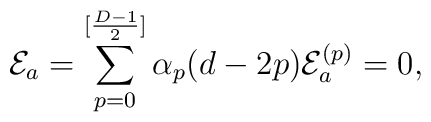
{\cal E}_{a}=\sum_{p=0}^{[\frac{D-1}{2}]}\alpha_{p}(d-2p){\cal E}_{a}^{(p)}=0,